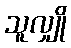
သူလျှို